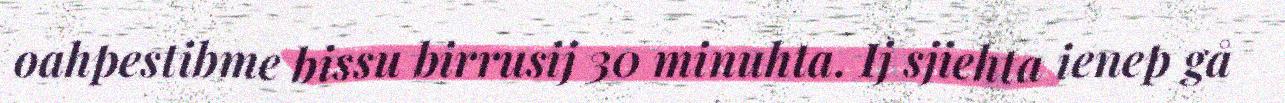
oahpestibme bissu birrusij 30 minuhta. Ij sjiehta ienep gå